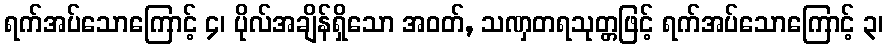
ရက်အပ်သောကြောင့် ၄၊ ပိုလ်အချိန်ရှိသော အဝတ်, သဏှတရသုတ္တဖြင့် ရက်အပ်သောကြောင့် ၃၊